65_HS1-834228961_62-HQ-83894_Serial_130
Agency: FBI
Page 123
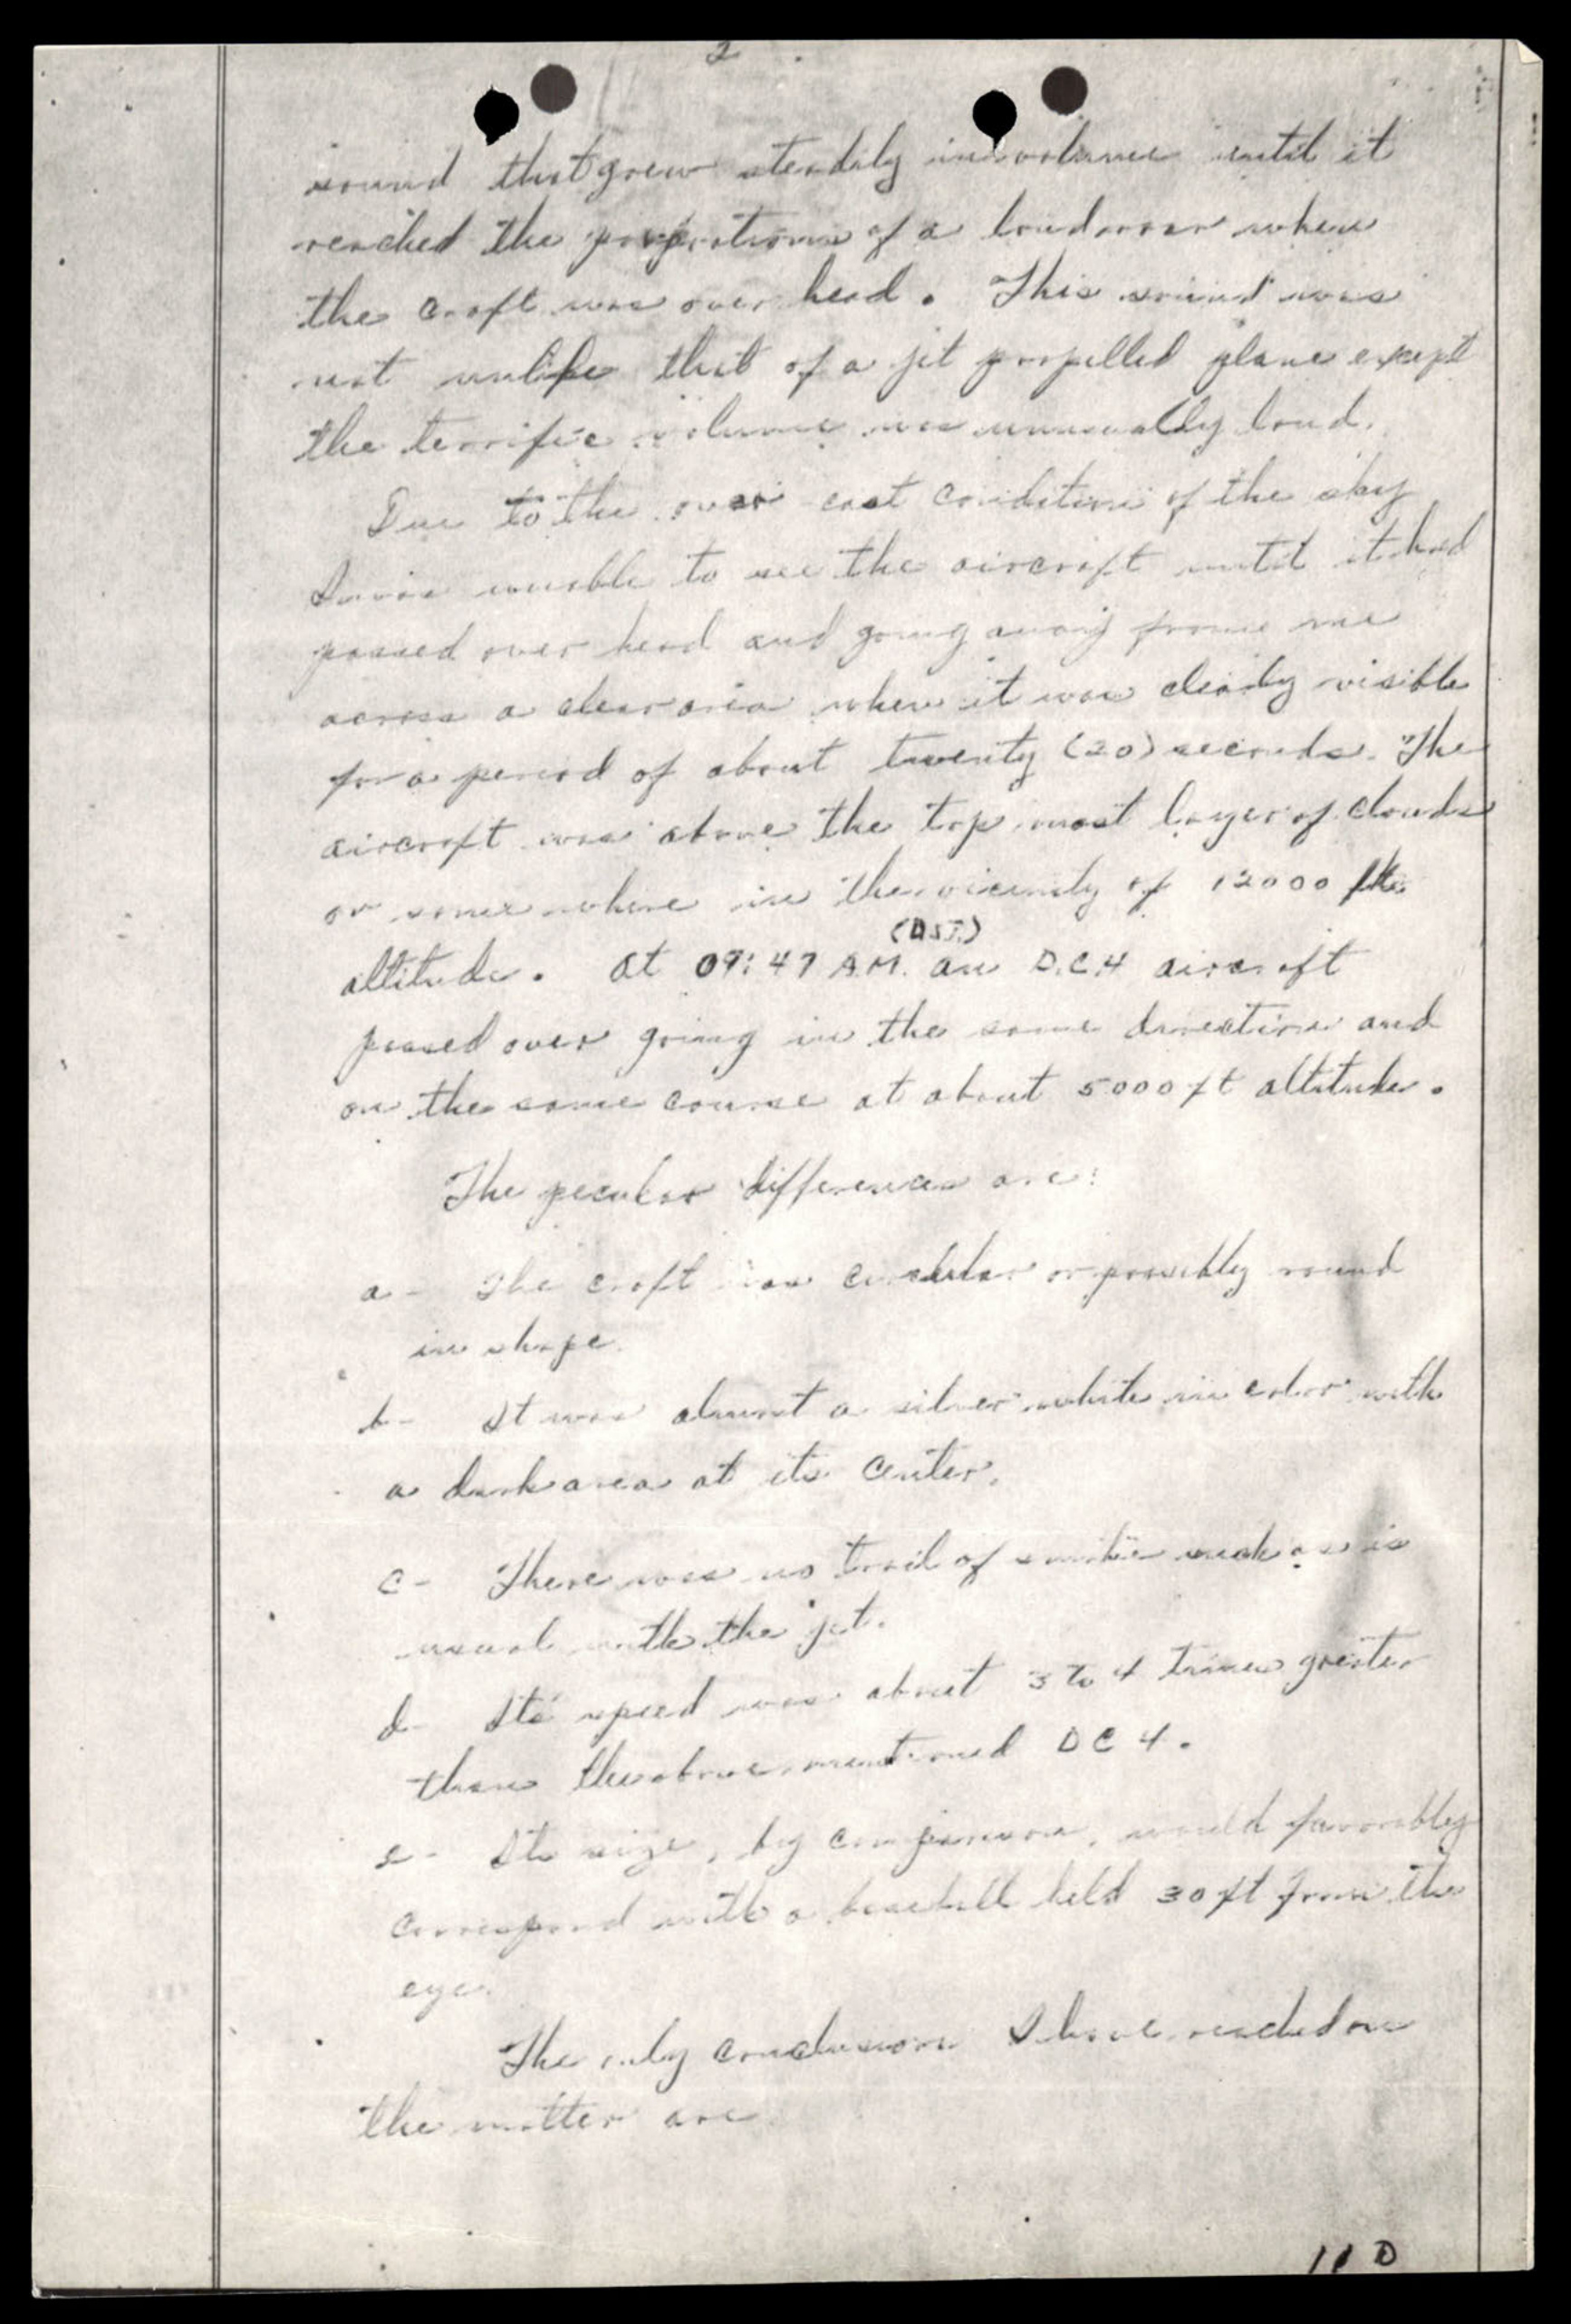